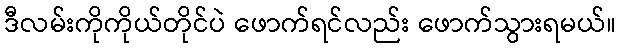
ဒီလမ်းကိုကိုယ်တိုင်ပဲ ဖောက်ရင်လည်း ဖောက်သွားရမယ်။